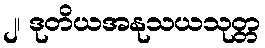
၂၊ ဒုတိယအနုသယသုတ္တ